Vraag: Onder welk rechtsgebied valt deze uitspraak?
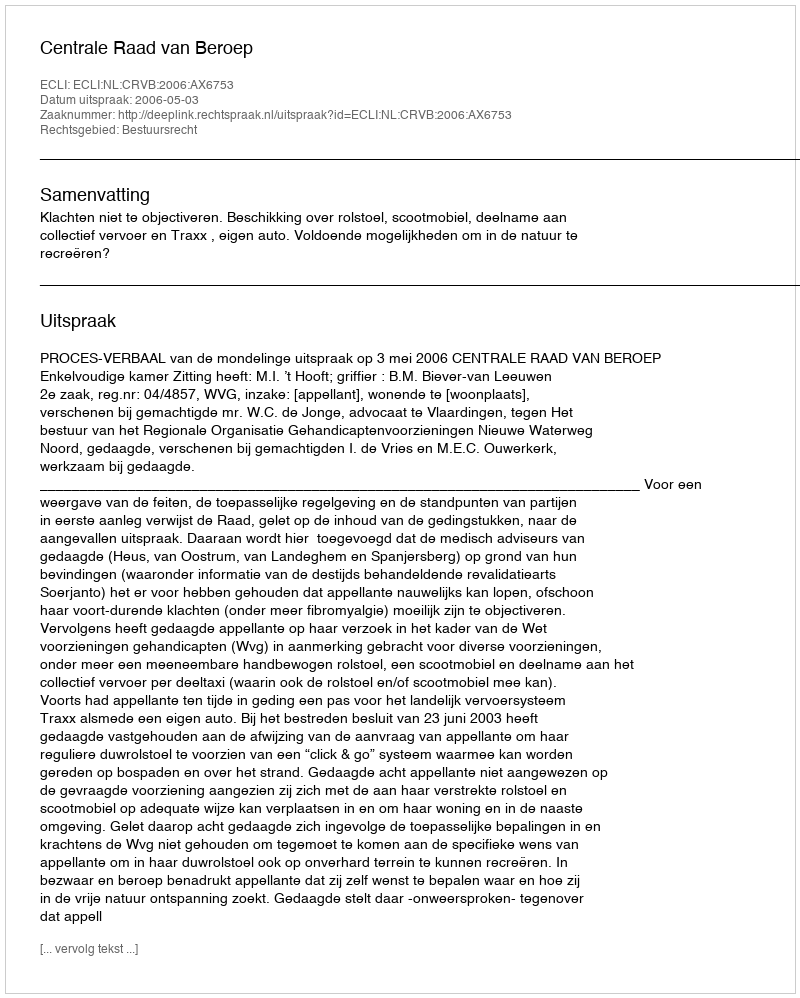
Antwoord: Bestuursrecht